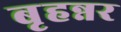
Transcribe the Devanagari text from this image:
बृहन्नर